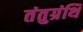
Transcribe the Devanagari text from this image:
तंतुग्रंथि